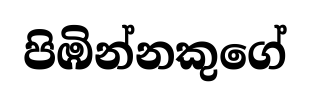
පිඹින්නකුගේ